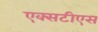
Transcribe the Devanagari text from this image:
एक्सटीएस